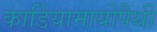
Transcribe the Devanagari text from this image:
कार्डियामायोपैथी